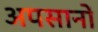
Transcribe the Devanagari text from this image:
अपसानों